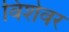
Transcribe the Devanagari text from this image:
विशेवर